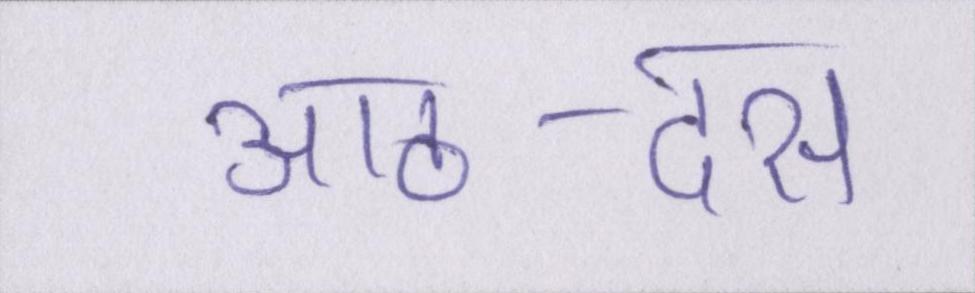
आठ-दस